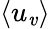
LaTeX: \left<u_{\mathit{v}}\right>